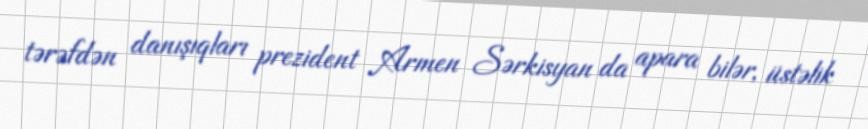
tərəfdən danışıqları prezident Armen Sərkisyan da apara bilər, üstəlik